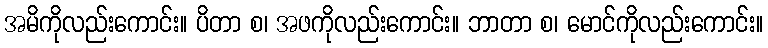
အမိကိုလည်းကောင်း။ ပိတာ စ၊ အဖကိုလည်းကောင်း။ ဘာတာ စ၊ မောင်ကိုလည်းကောင်း။